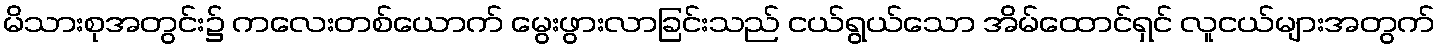
မိသားစုအတွင်း၌ ကလေးတစ်ယောက် မွေးဖွားလာခြင်းသည် ငယ်ရွယ်သော အိမ်ထောင်ရှင် လူငယ်များအတွက်